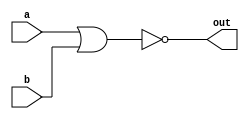
module nor_dataflow_gate (a, b, out); 
	
	input a, b;

	output out;

	assign out = !(a || b);

endmodule